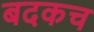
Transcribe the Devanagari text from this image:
बदकच